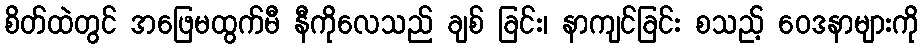
စိတ်ထဲတွင် အဖြေမထွက်မီ နီကိုလေသည် ချစ် ခြင်း၊ နာကျင်ခြင်း စသည့် ဝေဒနာများကို